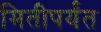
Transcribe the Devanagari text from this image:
मितीपर्यंत